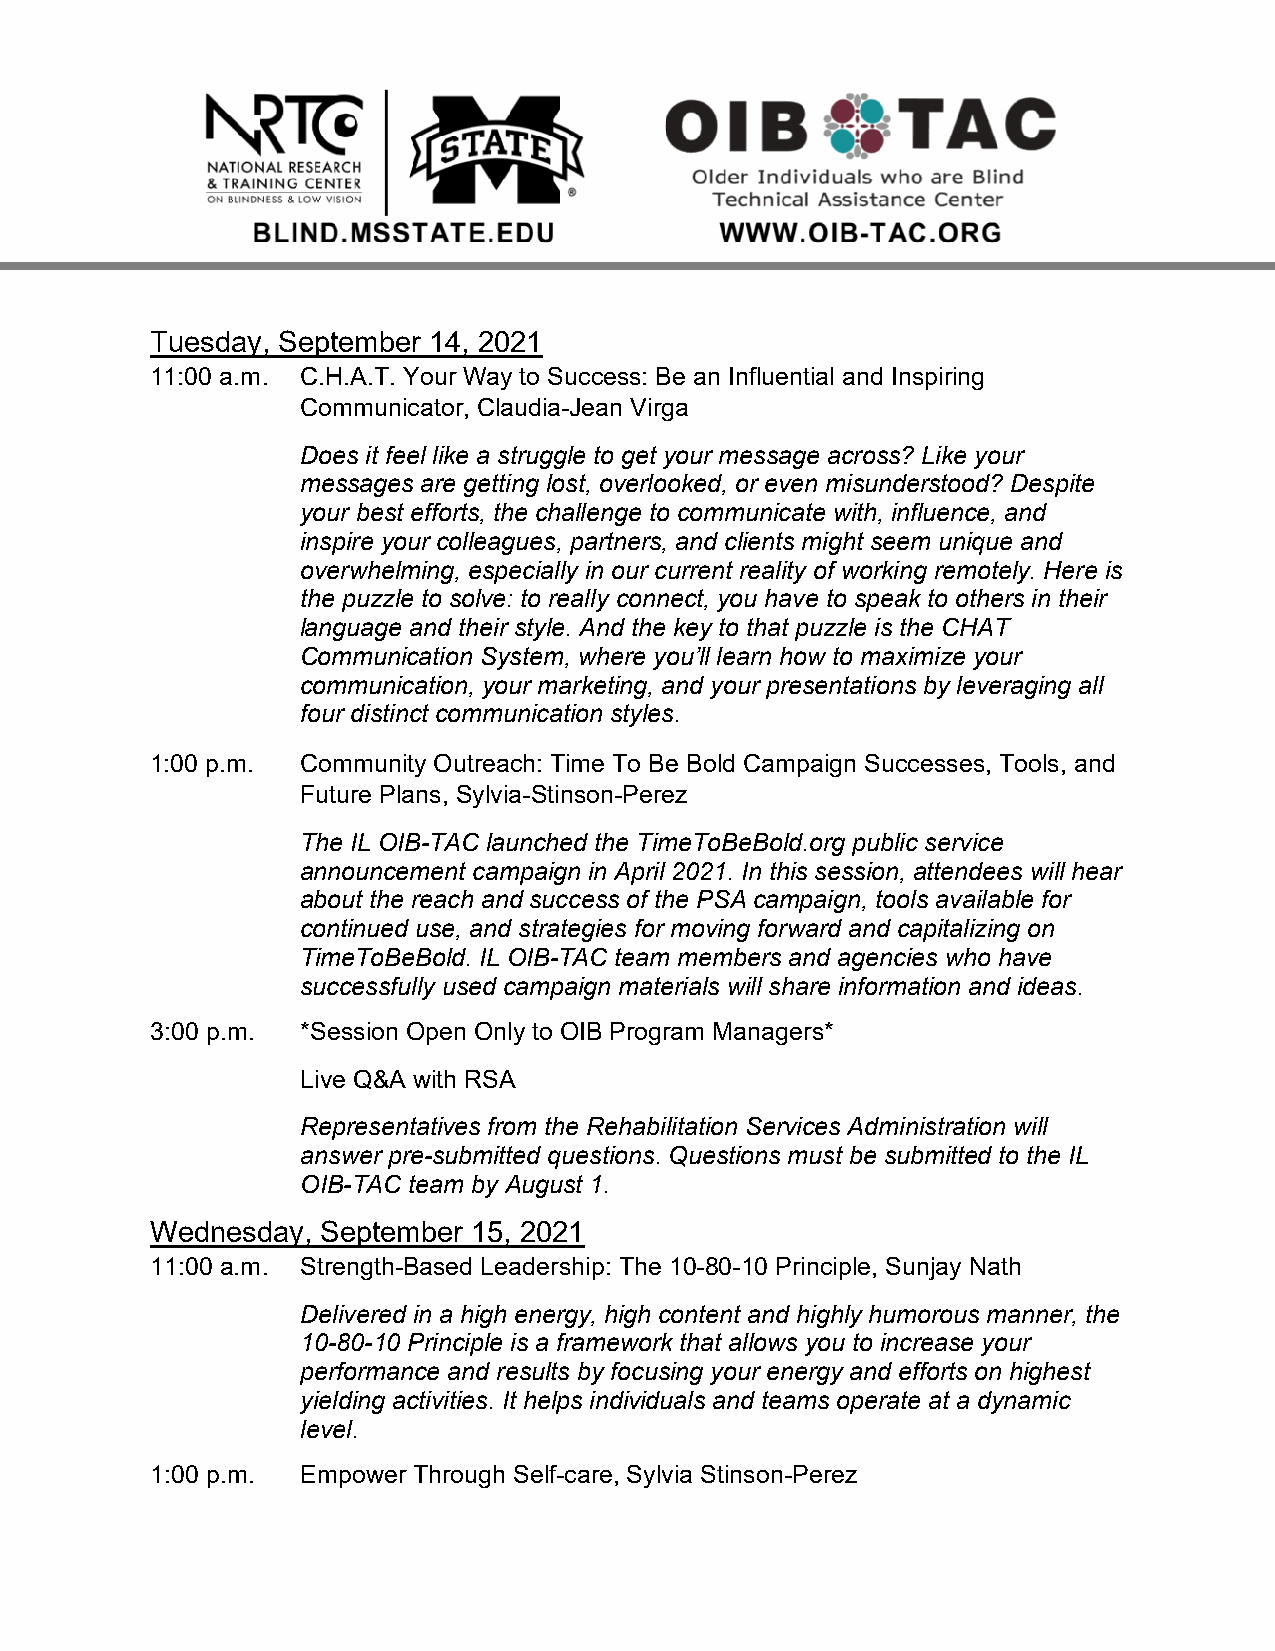
Tuesday, September 14, 2021
 11:00 a.m. C.H.A.T. Your Way to Success: Be an Influential and Inspiring
 Communicator, Claudia-Jean Virga
 Does it feel like a struggle to get your message across? Like your
 messages are getting lost, overlooked, or even misunderstood? Despite
 your best efforts, the challenge to communicate with, influence, and
 inspire your colleagues, partners, and clients might seem unique and
 overwhelming, especially in our current reality of working remotely. Here is
 the puzzle to solve: to really connect, you have to speak to others in their
 language and their style. And the key to that puzzle is the CHAT
 Communication System, where you’ll learn how to maximize your
 communication, your marketing, and your presentations by leveraging all
 four distinct communication styles.
 1:00 p.m. Community Outreach: Time To Be Bold Campaign Successes, Tools, and
 Future Plans, Sylvia-Stinson-Perez
 The IL OIB-TAC launched the TimeToBeBold.org public service
 announcement campaign in April 2021. In this session, attendees will hear
 about the reach and success of the PSA campaign, tools available for
 continued use, and strategies for moving forward and capitalizing on
 TimeToBeBold. IL OIB-TAC team members and agencies who have
 successfully used campaign materials will share information and ideas.
 3:00 p.m. *Session Open Only to OIB Program Managers*
 Live Q&A with RSA
 Representatives from the Rehabilitation Services Administration will
 answer pre-submitted questions. Questions must be submitted to the IL
 OIB-TAC team by August 1.
 Wednesday, September 15, 2021
 11:00 a.m. Strength-Based Leadership: The 10-80-10 Principle, Sunjay Nath
 Delivered in a high energy, high content and highly humorous manner, the
 10-80-10 Principle is a framework that allows you to increase your
 performance and results by focusing your energy and efforts on highest
 yielding activities. It helps individuals and teams operate at a dynamic
 level.
 1:00 p.m. Empower Through Self-care, Sylvia Stinson-Perez